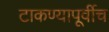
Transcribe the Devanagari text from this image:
टाकण्यापूर्वीच